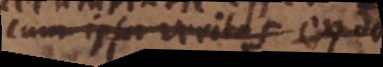
cum ipsa veritas ex da